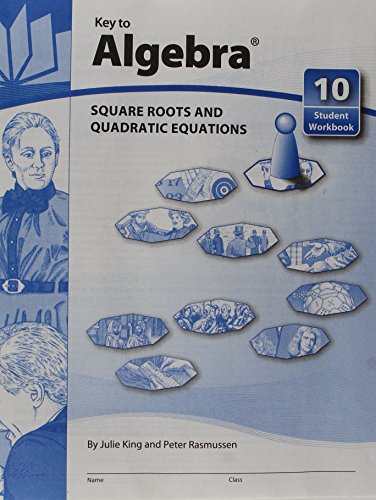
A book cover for Key to Algebra - Books 1 thru 10; Julie King; Teen & Young Adult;